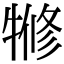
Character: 㹋